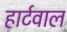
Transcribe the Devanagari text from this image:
हार्टवाल